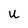
Character: U